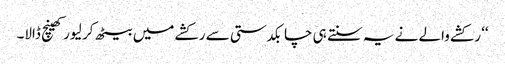
‘‘ رکشے والے نے یہ سنتے ہی چابکدستی سے رکشے میں بیٹھ کر لیور کھینچ ڈالا۔